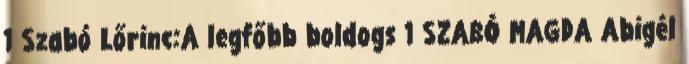
1 Szabó Lőrinc:A legfőbb boldogs 1 SZABÓ MAGDA Abigél